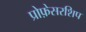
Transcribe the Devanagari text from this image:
प्रोफ़ेसरशिप